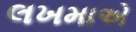
લખમાએ